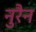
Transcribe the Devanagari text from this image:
नुरैन